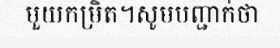
មួយកម្រិត។សូមបញ្ជាក់ថា